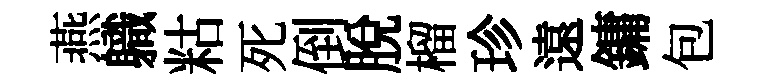
燕軄䊀死倒脱榴珍遠鏞包